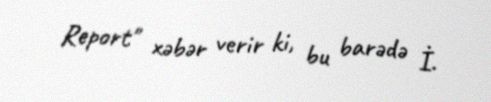
Report" xəbər verir ki, bu barədə İ.